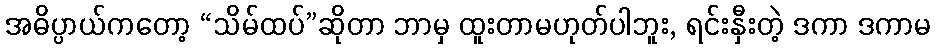
အဓိပ္ပာယ်ကတော့ “သိမ်ထပ်”ဆိုတာ ဘာမှ ထူးတာမဟုတ်ပါဘူး, ရင်းနှီးတဲ့ ဒကာ ဒကာမ